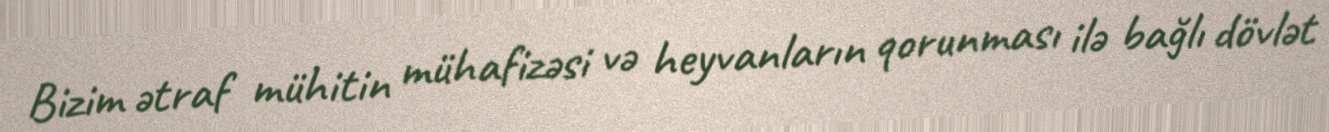
Bizim ətraf mühitin mühafizəsi və heyvanların qorunması ilə bağlı dövlət